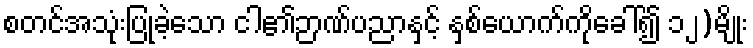
စတင်အသုံးပြုခဲ့သော ငါ၏ဉာဏ်ပညာနှင့် နှစ်ယောက်ကိုခေါ်၍ ၁၂)မျိုး